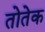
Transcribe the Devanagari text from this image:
तोतेक